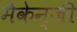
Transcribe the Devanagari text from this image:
मैकेन्जी